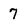
Character: 7